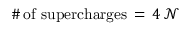
\# \mathrm { \, o f ~ s u p e r c h a r g e s } \, = \, 4 \, \mathcal { N }